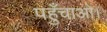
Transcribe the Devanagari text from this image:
पहुँचाओ।